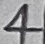
Text: 4